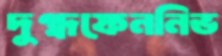
দুগ্ধফেননিভ